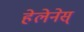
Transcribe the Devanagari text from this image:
हेलेनेस्